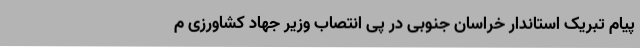
پیام تبریک استاندار خراسان جنوبی در پی انتصاب وزیر جهاد کشاورزی م